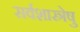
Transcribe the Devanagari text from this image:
सर्वशास्त्रेषु